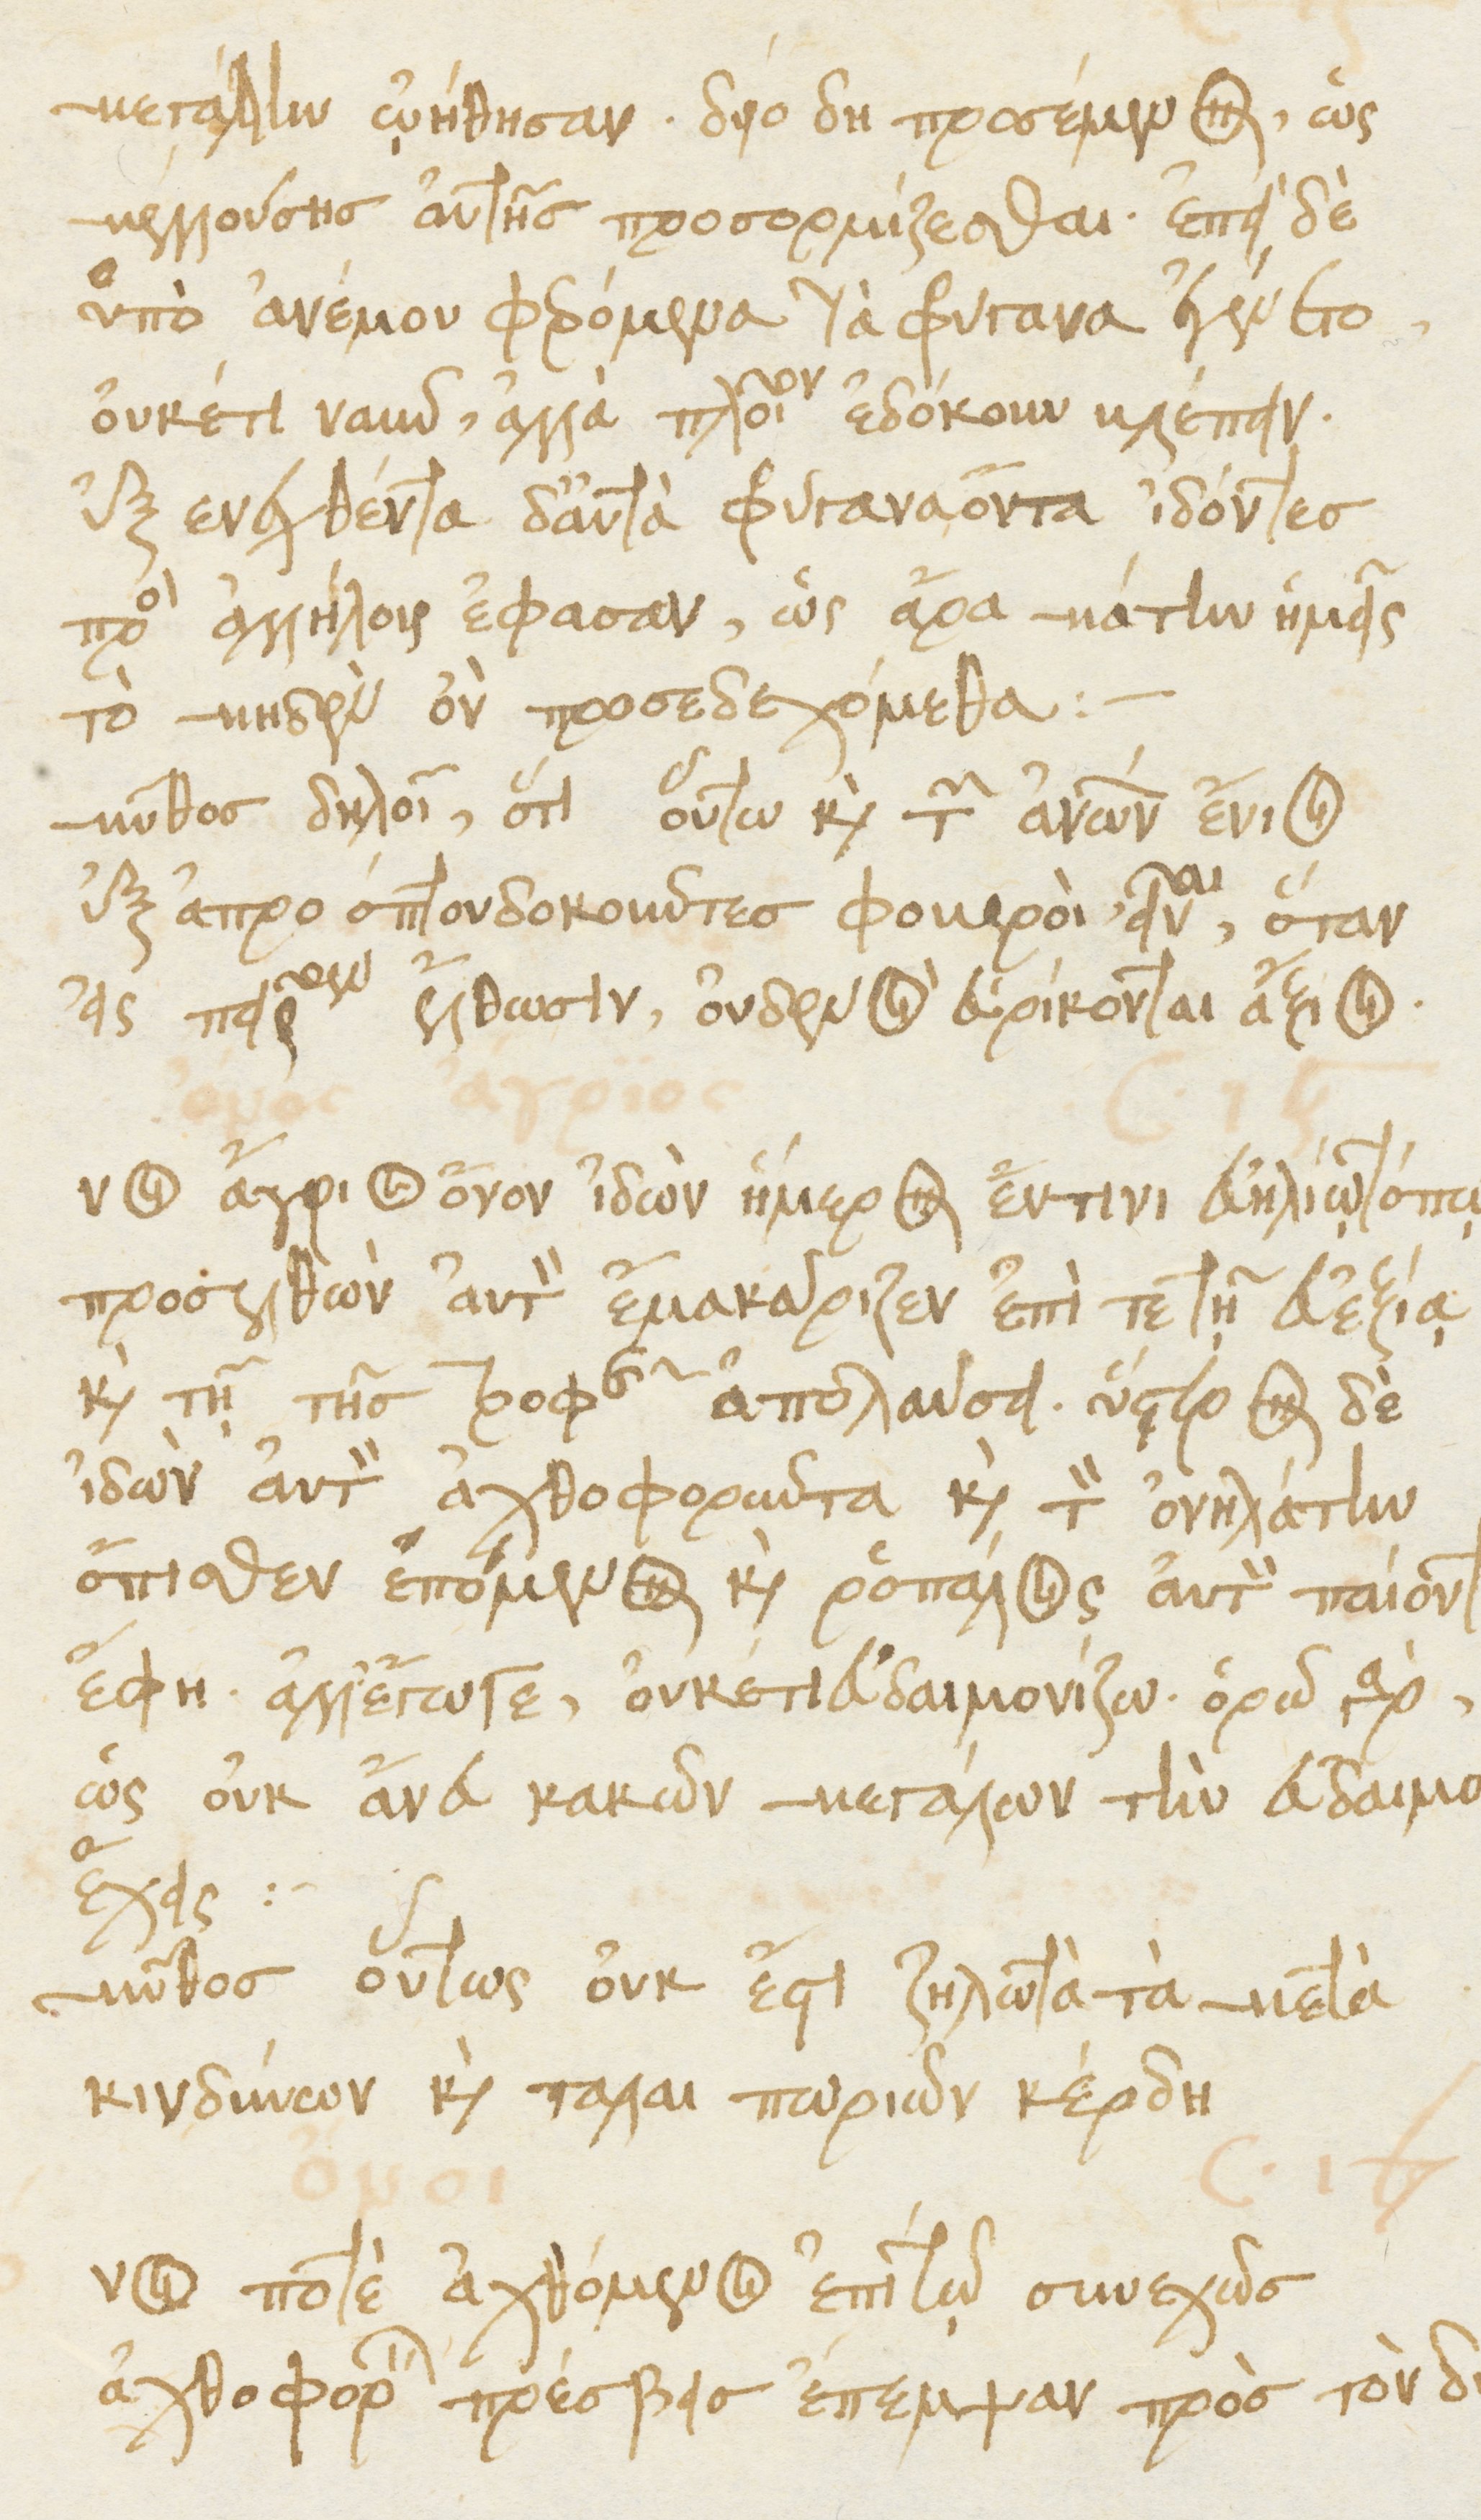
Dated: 1476–1506